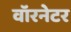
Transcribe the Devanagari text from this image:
वॉरनेटर